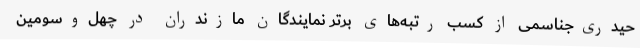
حیدری‌جناسمی از کسب رتبه‌های برتر نمایندگان مازندران در چهل‌وسومین